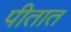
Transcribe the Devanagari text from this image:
पीतात